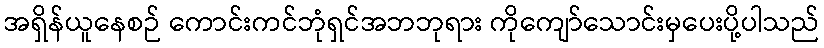
အရှိန်ယူနေစဉ် ကောင်းကင်ဘုံရှင်အဘဘုရား ကိုကျော်သောင်းမှပေးပို့ပါသည်